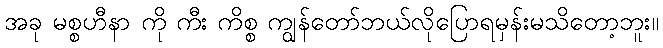
အခု မစ္စဟီနာ ကို ကီး ကိစ္စ ကျွန်တော်ဘယ်လိုပြောရမှန်းမသိတော့ဘူး။